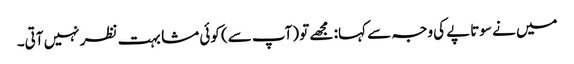
میں نے سوتاپے کی وجہ سے کہا: مجھے تو (آپ سے) کوئی مشابہت نظر نہیں آتی۔